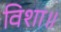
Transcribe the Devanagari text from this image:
विशा॥